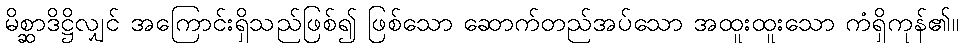
မိစ္ဆာဒိဋ္ဌိလျှင် အကြောင်းရှိသည်ဖြစ်၍ ဖြစ်သော ဆောက်တည်အပ်သော အထူးထူးသော ကံရှိကုန်၏။